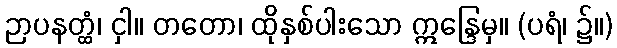
ဉာပနတ္ထံ၊ ငှါ။ တတော၊ ထိုနှစ်ပါးသော ဣန္ဒြေမှ။ (ပရံ၊ ၌။)